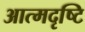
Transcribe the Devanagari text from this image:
आत्मदृष्टि